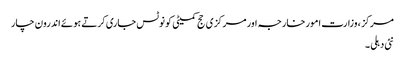
مرکز ، وزارت امور خارجہ اور مرکزی حج کمیٹی کو نوٹس جاری کرتے ہوئے اندرون چار
نئی دہلی ۔